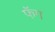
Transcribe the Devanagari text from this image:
फॅग